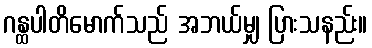
ဂန္ထပါတိမောက်သည် အဘယ်မျှ ပြားသနည်း။